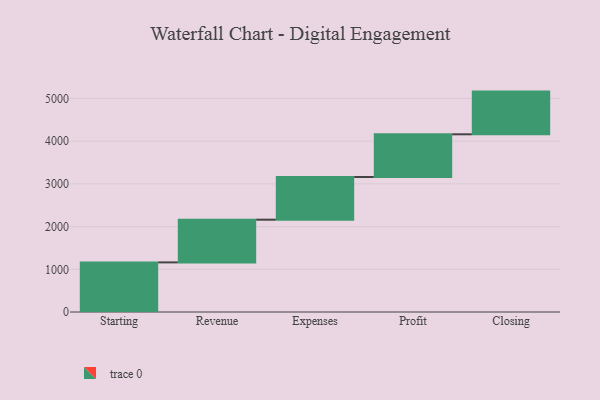
{"axis": {"x": "Step", "y": "Value"}, "legend": [""], "data": [{"x": "Starting", "y": 1162.0, "type": ""}, {"x": "Revenue", "y": 1000, "type": ""}, {"x": "Expenses", "y": 1000, "type": ""}, {"x": "Profit", "y": 1000, "type": ""}, {"x": "Closing", "y": 1000, "type": ""}]}